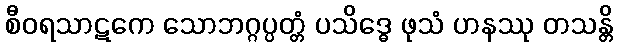
စီဝရသာဋကေ သောဘဂ္ဂပ္ပတ္တံ ပသိဒ္ဓေ ဖုသံ ဟနဿု တသန္တိ